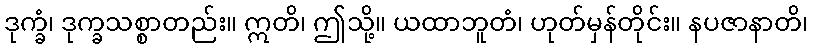
ဒုက္ခံ၊ ဒုက္ခသစ္စာတည်း။ ဣတိ၊ ဤသို့။ ယထာဘူတံ၊ ဟုတ်မှန်တိုင်း။ နပဇာနာတိ၊